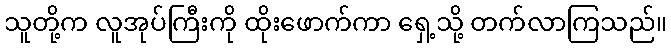
သူတို့က လူအုပ်ကြီးကို ထိုးဖောက်ကာ ရှေ့သို့ တက်လာကြသည်။